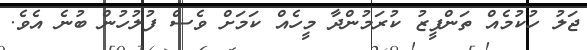
ޖަލު ހުކުމެއް ތަންފީޒު ކުރަމުންދާ މީހެއް ކަމަށް ވެސް ފުލުހުން ބުނެ އެވެ.